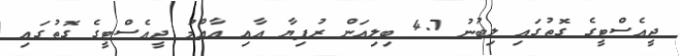
ޖީއެސްޓީގެ ގޮތުގައި ލިބުނު 4.7 ބިލިއަން ރުފިޔާ އާއި އާއްމު ޖީއެސްޓީގެ ގޮތުގައި